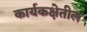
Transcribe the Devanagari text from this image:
कार्यकक्षेतील